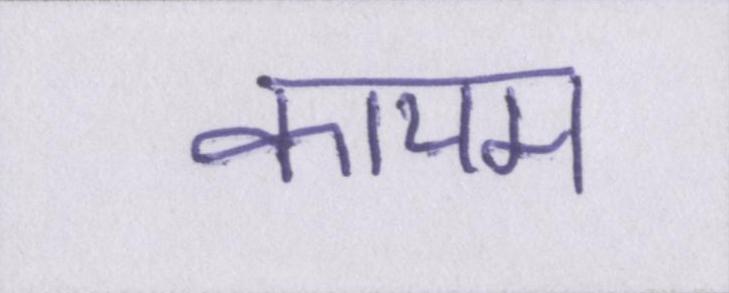
कायम